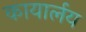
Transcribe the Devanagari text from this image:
कायार्लय